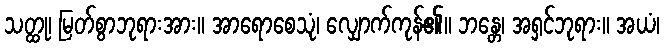
သတ္ထု၊ မြတ်စွာဘုရားအား။ အာရောစေသုံ၊ လျှောက်ကုန်၏။ ဘန္တေ၊ အရှင်ဘုရား။ အယံ၊